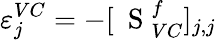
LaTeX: \varepsilon_{j}^{VC}=-[\mathrm{~\mathbf~S~}_{VC}^{f}]_{j,j}